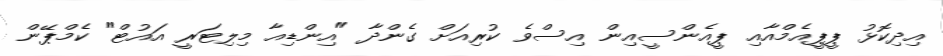
އިދިކޮޅު ޕީޕީއެމްއާއި ޕީއެންސީއިން އިސްވެ ކުރިއަށް ގެންދާ "އިންޑިއާ މިލިޓަރީ އައުޓް" ކެމްޕޭން